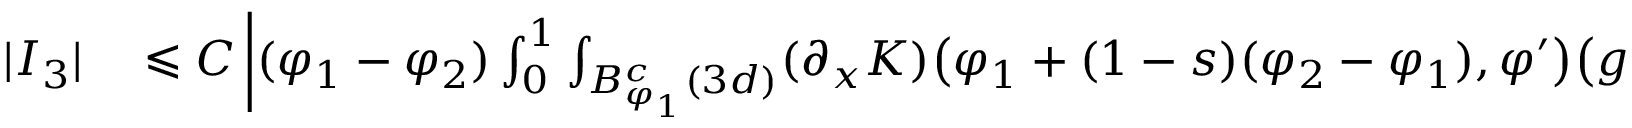
\begin{array} { r l } { | I _ { 3 } | } & { { } \leqslant C \left| ( \varphi _ { 1 } - \varphi _ { 2 } ) \int _ { 0 } ^ { 1 } \int _ { B _ { \varphi _ { 1 } } ^ { c } ( 3 d ) } ( \partial _ { x } K ) \big ( \varphi _ { 1 } + ( 1 - s ) ( \varphi _ { 2 } - \varphi _ { 1 } ) , \varphi ^ { \prime } \big ) \big ( g ( \varphi _ { 1 } ) - g ( \varphi ^ { \prime } ) \big ) f ( \varphi ^ { \prime } ) d \varphi ^ { \prime } d s \right| } \end{array}